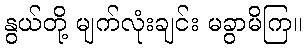
နွယ်တို့ မျက်လုံးချင်း မခွာမိကြ။